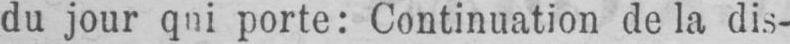
la dis-